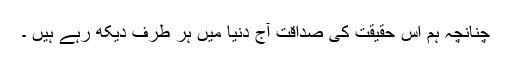
چنانچہ ہم اس حقیقت کی صداقت آج دنیا میں ہر طرف دیکھ رہے ہیں ۔